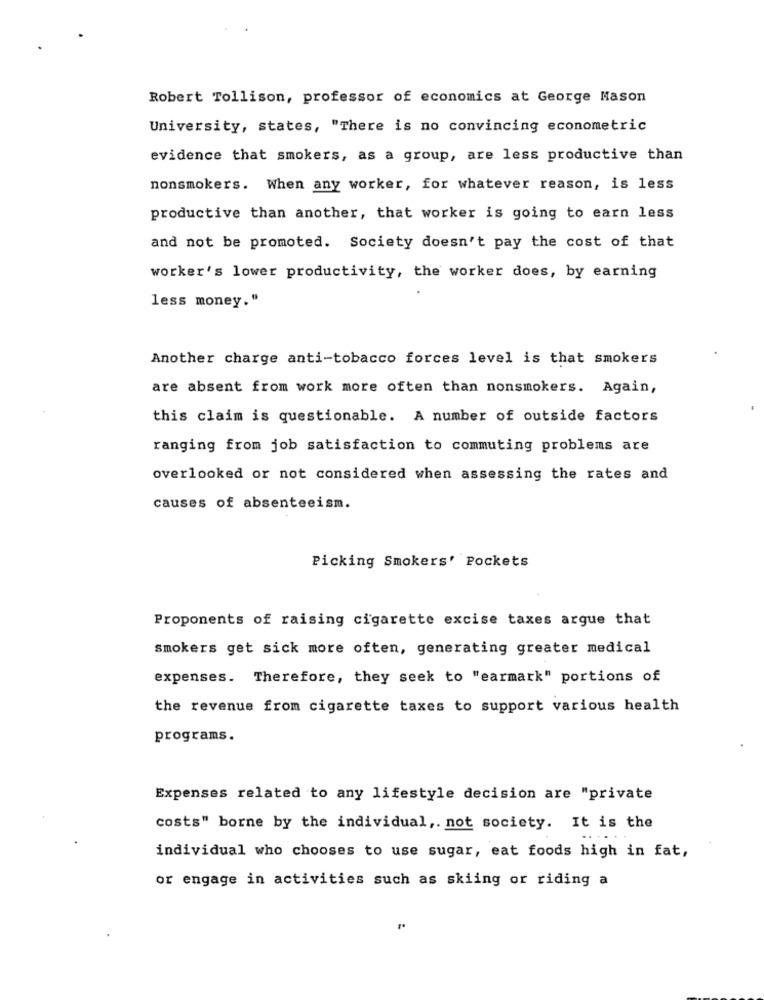
Robert Tollison, professor of economics at George Mason
University, states, "There is no convincing econometric
evidence that smokers, as a group, are less productive than
nonsmokers. When any worker, for whatever reason, is less
productive than another, that worker is going to earn less
and not be promoted. Society doesn't pay the cost of that
worker's lower productivity, the worker does, by earning
less money."
Another charge anti-tobacco forces level is that smokers
are absent from work more often than nonsmokers. Again,
this claim is questionable. A number of outside factors
ranging from job satisfaction to commuting problems are
overlooked or not considered when assessing the rates and
causes of absenteeism.
Picking Smokers' Pockets
Proponents of raising cigarette excise taxes argue that
smokers get sick more often, generating greater medical
expenses. Therefore, they seek to "earmark" portions of
the revenue from cigarette taxes to support various health
programs.
Expenses related to any lifestyle decision are "private
costs" borne by the individual ,. not society. It is the
individual who chooses to use sugar, eat foods high in fat,
or engage in activities such as skiing or riding a